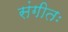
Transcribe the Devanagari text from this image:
संगीतः